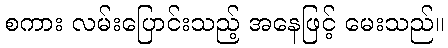
စကား လမ်းပြောင်းသည့် အနေဖြင့် မေးသည်။